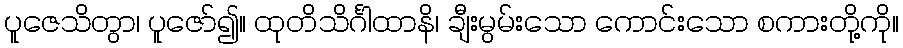
ပူဇေသိတွာ၊ ပူဇော်၍။ ထုတိသိင်္ဂါထာနိ၊ ချီးမွမ်းသော ကောင်းသော စကားတို့ကို။